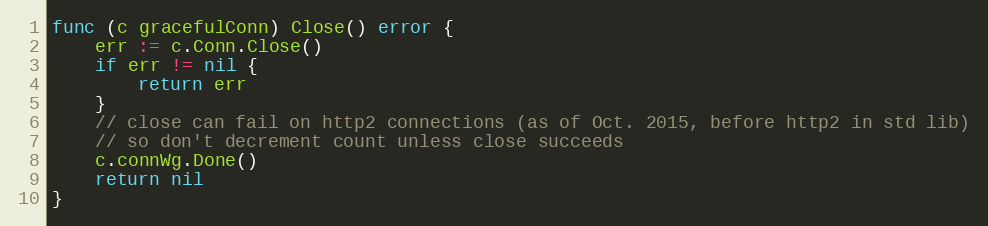
Language: Go
func (c gracefulConn) Close() error {
	err := c.Conn.Close()
	if err != nil {
		return err
	}
	// close can fail on http2 connections (as of Oct. 2015, before http2 in std lib)
	// so don't decrement count unless close succeeds
	c.connWg.Done()
	return nil
}